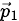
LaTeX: \scriptstyle{\vec{p}}_{1}